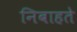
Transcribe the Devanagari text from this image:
निबाहते